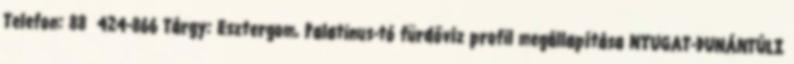
Telefon: 88 424-866 Tárgy: Esztergom, Palatinus-tó fürdővíz profil megállapítása NYUGAT-DUNÁNTÚLI